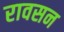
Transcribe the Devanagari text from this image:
रावसन